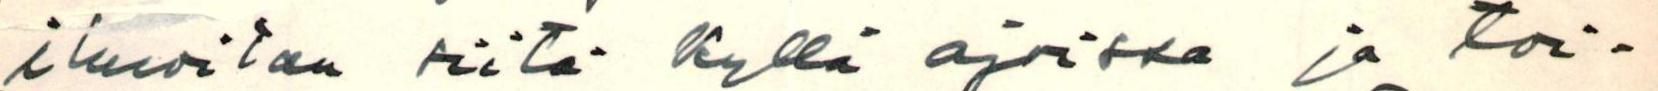
ilmoitan siitä kyllä ajoissa ja toi-